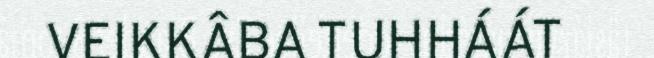
VEIKKÂBA TUHHÁÁT